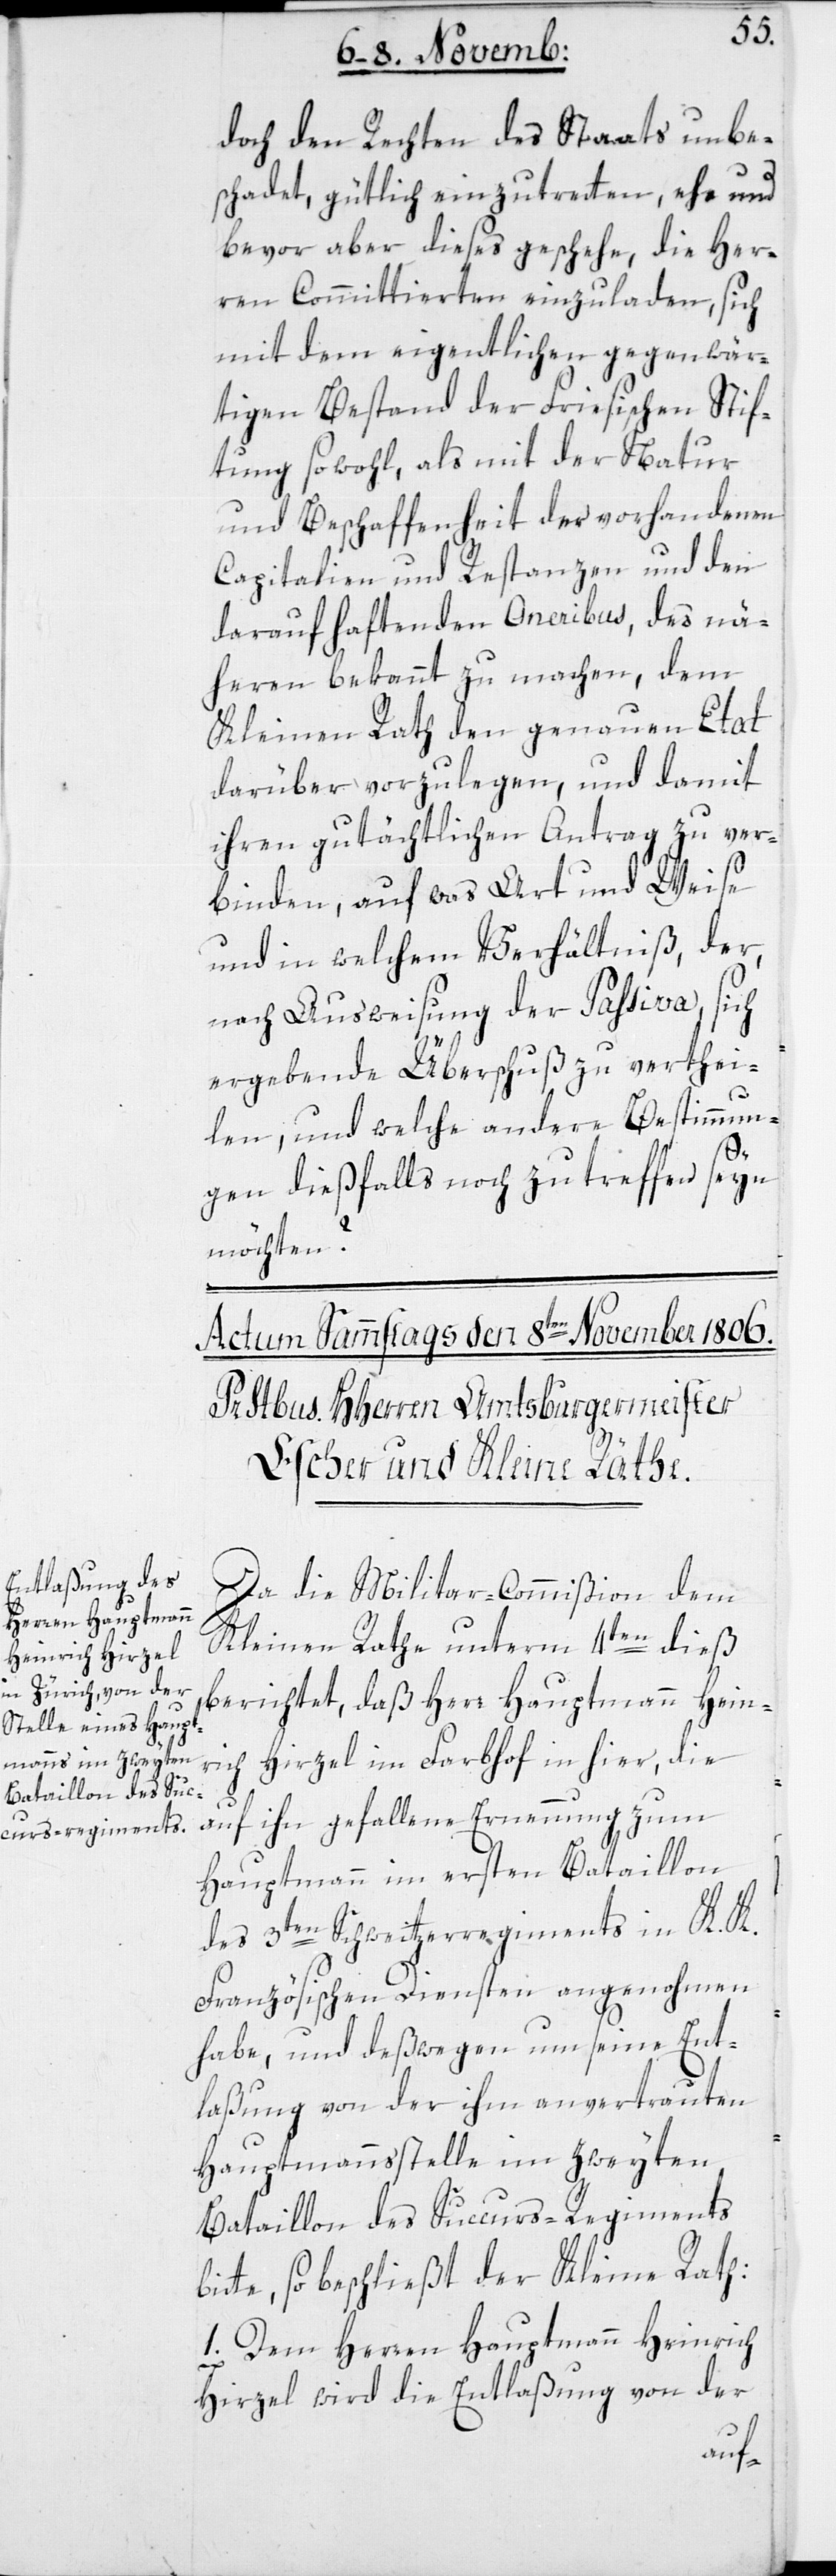
doch den Rechten des Staats unbe¬
schadet, gütlich einzutreten, ehe und
bevor aber dieses geschehe, die Her¬
ren Committierten einzuladen, sich
mit dem eigentlichen gegenwär¬
tigen Bestand der Friesischen Stif¬
tung sowohl, als mit der Natur
und Beschaffenheit der vorhandenen
Capitalien und Restanzen und den
darauf haftenden Oneribus, des nä¬
heren bekannt zu machen, dem
Kleinen Rath den genauen Etat
darüber vorzulegen, und damit
ihren gutächtlichen Antrag zu ver¬
binden, auf was Art und Weise
und in welchem Verhältniß der,
nach Ausweisung der Passiva, sich
ergebende Überschuß zu verthei¬
len, und welche andere Bestimmun¬
gen dießfalls noch zu treffen seyn
möchten?
Da die Militar-Commißion dem
Kleinen Rathe unterm 4ten dieß
berichtet, daß Herr Hauptmann Hein¬
rich Hirzel im Farbhof in hier, die
bi¬
auf ihn gefallene Ernennung zum
Hauptmann im ersten Bataillon
des 3ten Schweitzerregiments in K. K.
Französischen Diensten angenohmen
habe, und deßwegen um seine Ent¬
laßung von der ihm anvertrauten
Hauptmannsstelle im zweyten
Bataillon des Succurs-Regiments
tte, so beschließt der Kleine Rat:
1. Dem Herren Hauptmann Heinrich
Hirzel wird die Entlaßung von der